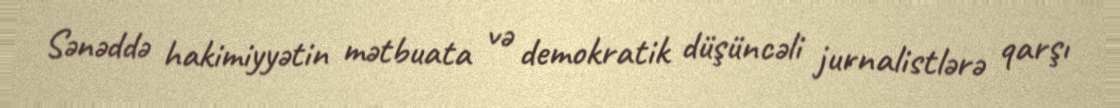
Sənəddə hakimiyyətin mətbuata və demokratik düşüncəli jurnalistlərə qarşı